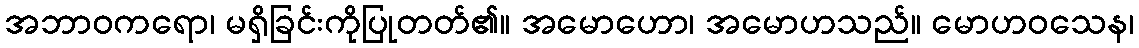
အဘာဝကရော၊ မရှိခြင်းကိုပြုတတ်၏။ အမောဟော၊ အမောဟသည်။ မောဟဝသေန၊